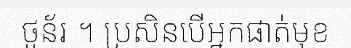
ថូន័រ ។ ប្រសិនបើអ្នកផាត់មុខ